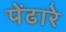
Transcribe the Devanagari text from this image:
पेंढारे